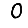
Digit: 0